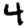
Digit: 4